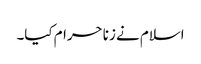
اسلام نے زنا حرام کیا۔